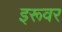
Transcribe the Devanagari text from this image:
इरूवर